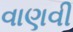
વાણવી